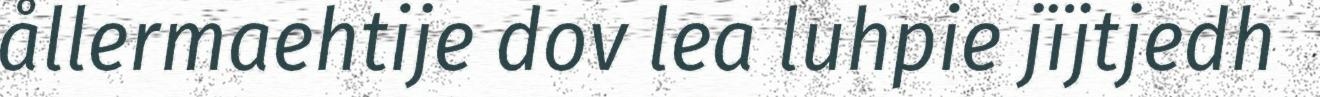
ållermaehtije dov lea luhpie jïjtjedh